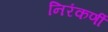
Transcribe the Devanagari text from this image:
निरंकर्णी